system: You are a helpful assistant.
user:
Analyze the provided spectrum to determine if it is a **S-type Star**.

- **Key Indicators for S-type Star:**

    - **(Overall Spectrum Shape):** The first and most obvious characteristic is the overall continuum (the "baseline" shape). It is **extremely "red-sloping,"** meaning the flux (light intensity) is very low on the left side (blue, ~4000-4500 Å) and rises steeply and continuously toward the right side (red, ~7000 Å+).

    - **(Primary):** The spectrum is defined by the presence of strong, broad molecular absorption "valleys" (bands) from **Zirconium Oxide (ZrO)**. The identification of these bands is the **primary requirement** for classifying a star as S-type.
        - **(Key Bandheads):** You must find distinct, deep "dips" where the light has been absorbed. The most critical band systems to locate are:
            - **~6474 Å** ($\gamma$-system): This is often the strongest and clearest ZrO feature, found in the red part of the spectrum.
            - **~5718 Å** & **~5551 Å** ($\beta$-system): A pair of prominent absorption features in the yellow-orange part of the spectrum.
            - **~4640 Å** ($\alpha$-system): A key absorption band system in the blue-green region of the spectrum.

    - **(Secondary Confirmation):** The classification is strengthened by finding additional absorption bands from other related heavy element oxides, which are expected to be present alongside ZrO.
        - **(Key Bandheads):**
            - **Yttrium Oxide (YO):** Look for absorption dips near **~4800 Å** and **~6100 Å**.
            - **Lanthanum Oxide (LaO):** Additional absorption features, particularly in the red-orange part of the spectrum, are also characteristic.

    - **(Line Profile):** The combination of the steep red continuum and these numerous, deep molecular bands (ZrO, YO, etc.) gives the entire spectrum a very **"chopped-up"** or **"bumpy"** appearance. Instead of a smooth curve, the spectrum looks as though large, wide chunks of light have been "carved out" of it at the specific wavelengths listed above.

Think first, call **spectral_visualization_tool** if needed to examine features in detail, then provide your final answer. Your response must adhere to the following strict rules:
1.  **Overall Structure:** Your response must follow the format `<think>...</think> <tool_call>...</tool_call> (if a tool is used) <answer>...</answer>`.
2.  **Tool Usage Constraint:** You may only make **one** tool call per turn.
3.  **Final Answer Format:** In the `<answer>` tag, your conclusion must be inside a `\boxed{}` command (e.g., `\boxed{YES}` or `\boxed{NO}`), followed by your justification.

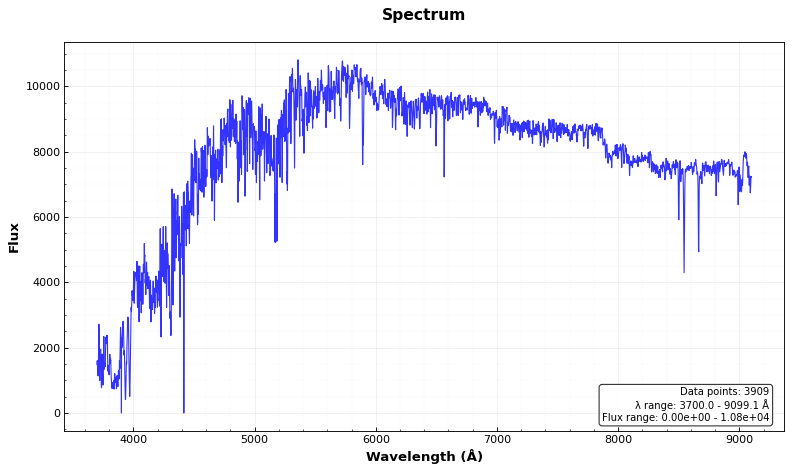
Answer: NO